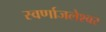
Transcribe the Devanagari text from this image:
स्वर्णाजलेश्वर